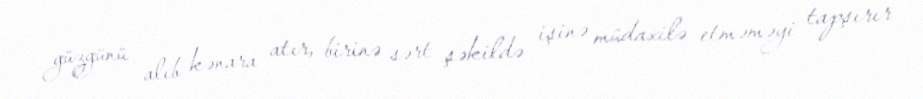
güzgünü alıb kənara atır, birinə sərt şəkildə işinə müdaxilə etməməyi tapşırır